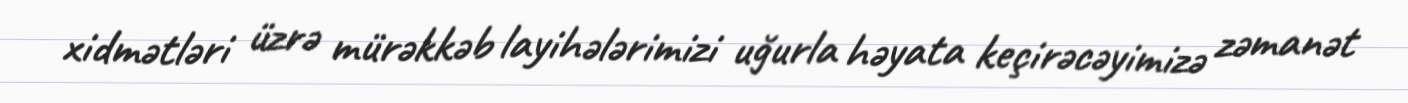
xidmətləri üzrə mürəkkəb layihələrimizi uğurla həyata keçirəcəyimizə zəmanət